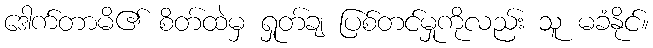
ဒေါက်တာမိ၏ စိတ်ထဲမှ ရှုတ်ချ ပြစ်တင်မှုကိုလည်း သူ မခံနိုင်။